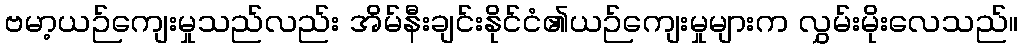
ဗမာ့ယဉ်ကျေးမှုသည်လည်း အိမ်နီးချင်းနိုင်ငံ၏ယဉ်ကျေးမှုများက လွှမ်းမိုးလေသည်။